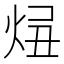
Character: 𤈓